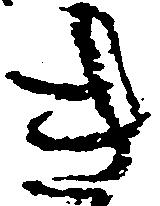
き